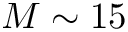
M \sim 1 5